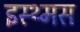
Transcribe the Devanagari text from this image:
इस्थ्मस